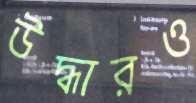
উদ্ধারও